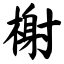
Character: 榭